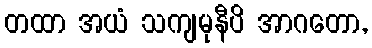
တထာ အယံ သကျမုနီပိ အာဂတော,